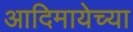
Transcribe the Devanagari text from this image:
आदिमायेच्या